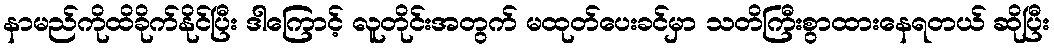
နာမည်ကိုထိခိုက်နိုင်ပြီး ဒါကြောင့် လူတိုင်းအတွက် မထုတ်ပေးခင်မှာ သတိကြီးစွာထားနေရတယ် ဆိုပြီး